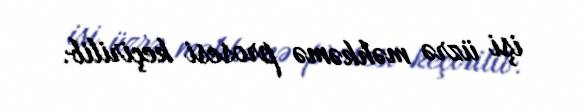
işi üzrə məhkəmə prosesi keçirilib.